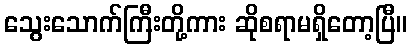
သွေးသောက်ကြီးတို့ကား ဆိုစရာမရှိတော့ပြီ။